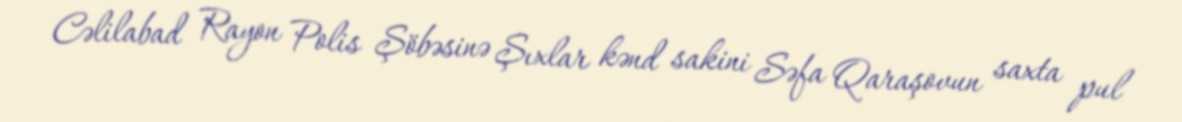
Cəlilabad Rayon Polis Şöbəsinə Şıxlar kənd sakini Səfa Qaraşovun saxta pul